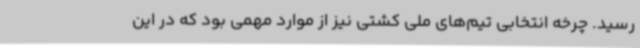
رسید. چرخه انتخابی تیم‌های ملی کشتی نیز از موارد مهمی بود که در این